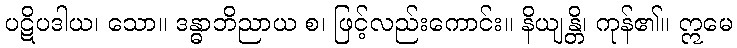
ပဋိပဒါယ၊ သော။ ဒန္ဓာဘိညာယ စ၊ ဖြင့်လည်းကောင်း။ နိယျန္တိ၊ ကုန်၏။ ဣမေ